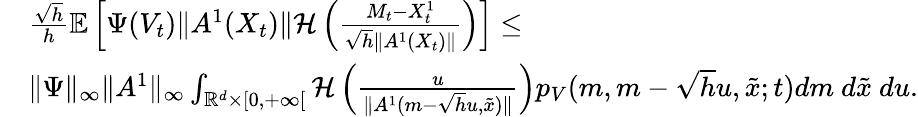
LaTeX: \begin{array}{rl}&{\frac{\sqrt{h}}{h}{\mathbb E}\left[\Psi(V_{t})\| A^{1}(X_{t})\| {\mathcal H}\left(\frac{M_{t}-{X_{t}^{1}}}{\sqrt{h}\| A^{1}(X_{t})\| }\right)\right]\leq}\\ &{\| \Psi\| _{\infty}\| A^{1}\| _{\infty}\int_{{\mathbb R}^{d}\times[0,+\infty[}{\mathcal H}\left(\frac{u}{\| A^{1}(m-\sqrt{h}u,\tilde{x})\| }\right)p_{V}(m,m-\sqrt{h}u,\tilde{x};t)dm~d\tilde{x}~du.}\end{array}